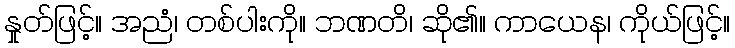
နှုတ်ဖြင့်။ အညံ၊ တစ်ပါးကို။ ဘဏတိ၊ ဆို၏။ ကာယေန၊ ကိုယ်ဖြင့်။